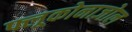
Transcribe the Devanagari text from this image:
फ्लूकोनाजोल